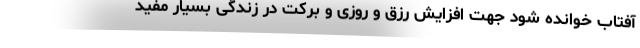
آفتاب خوانده شود جهت افزایش رزق و روزی و برکت در زندگی بسیار مفید